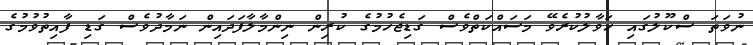
ނުވަތަ ސްކޫލުގައި ހަވާލުކުރެވޭ މަސައްކަތްވެސް ގަޑިޖެހުމުގެ ކުރިން ނިންމާލާފަދައިން ނަމާދުވެސް ގަޑި ފާއިތުވުމުގެ